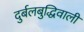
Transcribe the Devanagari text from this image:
दुर्बलबुद्धिवाली